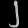
Digit: ၂